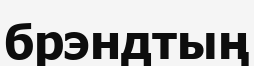
брэндтың